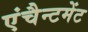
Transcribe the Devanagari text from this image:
एंचैन्टमेंट